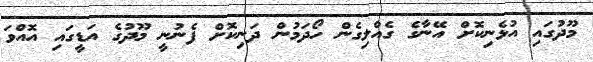
މޫދުގައި އުޅެނިކޮށް އޭނާގެ ގެއްލިގެން ހޯދަމުން ދަނިކޮށް ފެނުނީ މޫދުގެ އަޑީގައި އޮއްވަ